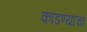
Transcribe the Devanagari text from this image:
काडण्याचा